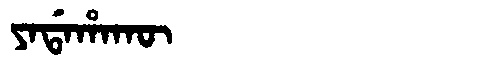
Manchu: ᠶᠠᡩᠠᡥᠠᡴᡡ
Romanization: YADAHAKŪ